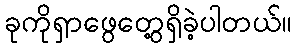
ခုကိုရှာဖွေတွေ့ရှိခဲ့ပါတယ်။